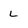
Character: L